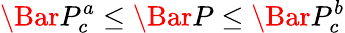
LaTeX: \Bar{P}_{c}^{a}\le\Bar{P}\le\Bar{P}_{c}^{b}